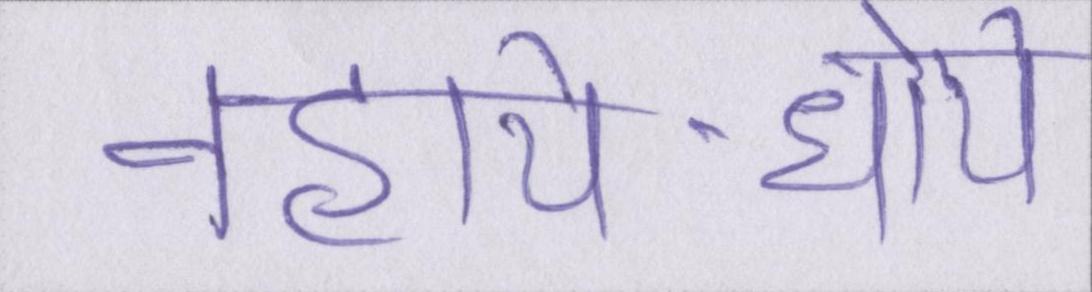
नहाये-धोये